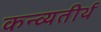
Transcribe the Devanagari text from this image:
कन्व्यतीर्थ